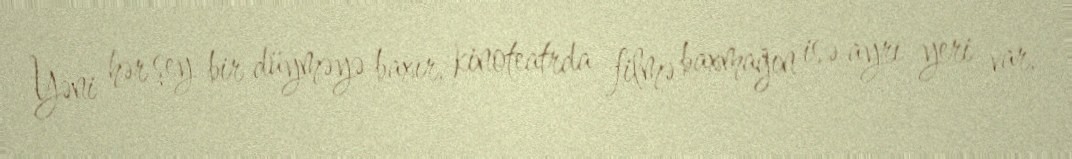
Yəni hər şey bir düyməyə baxır, kinoteatrda filmə baxmağın isə ayrı yeri var,